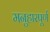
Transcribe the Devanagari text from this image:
मनुहारपूर्ण